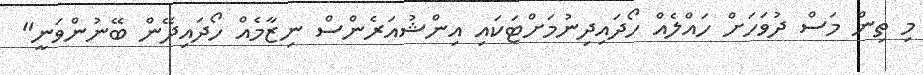
މި ތިން މަސް ދުވަހަށް ހައްލެއް ހޯދައިދިނުމަށްޓަކައި އިންޝުއަރެންސް ނިޒާމެއް ހޯދައިދޭން ބޭނުންވަނީ"